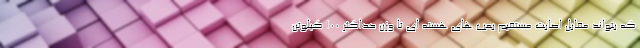
که بتواند مقابل اصابت مستقیم بمب های هسته ای تا وزن حداکثر 100 کیلوتن